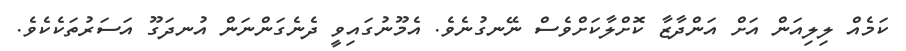
ކަމެއް ލިލިއަން އަށް އަންދާޒާ ކޮށްލާކަށްވެސް ނޭނގުނެވެ. އެމޫނުގައިވީ ދެނެގަންނަން އުނދަގޫ އަސަރުތަކެކެވެ.